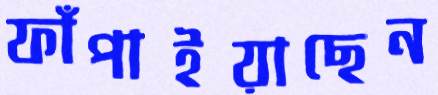
ফাঁপাইয়াছেন